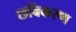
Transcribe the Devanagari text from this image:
छबिकरण